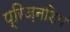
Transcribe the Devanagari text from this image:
प्रिज़नशिप